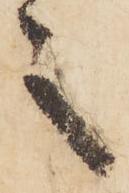
之